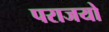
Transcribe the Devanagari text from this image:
पराजयो